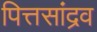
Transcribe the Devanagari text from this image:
पित्तसांद्रव